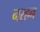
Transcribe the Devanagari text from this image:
नरहन